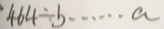
4 6 4 \div b \cdots a